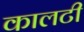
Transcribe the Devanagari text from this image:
कालटी